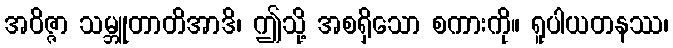
အဝိဇ္ဇာ သမ္ဘူတာတိအာဒိ၊ ဤသို့ အစရှိသော စကားကို။ ရူပါယတနဿ၊